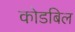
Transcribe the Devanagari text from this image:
कोडबिल